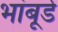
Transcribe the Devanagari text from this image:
भांबूर्डे